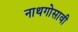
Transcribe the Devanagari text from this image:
नाथगोसावी